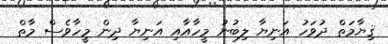
ޤިޔާމަތް ދުވަހު އަނިޔާ ލިބުނު މީހާއާއި އަނިޔާ ދިން މީހާވެސް މާތް